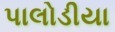
પાલોડીયા